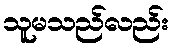
သူမသည်လည်း